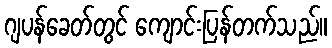
ဂျပန်ခေတ်တွင် ကျောင်းပြန်တက်သည်။